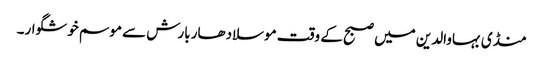
منڈی بہاوالدین میں صبح کے وقت موسلادھار بارش سے موسم خوشگوار۔